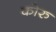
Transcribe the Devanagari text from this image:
कोरु